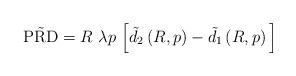
LaTeX: \begin{align*}\tilde{\mathrm{PRD}}=R~\lambda p~\Big[\tilde{d}_2\left(R,p\right)- \tilde{d}_1\left(R,p\right)\Big]\end{align*}